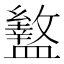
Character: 盭